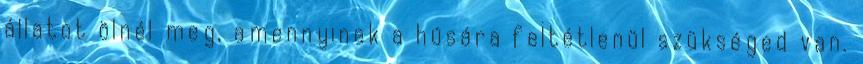
állatot ölnél meg, amennyinek a húsára feltétlenül szükséged van.